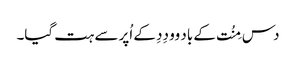
دس مِنُت کے باد وو دِدِ کے اُپر سے ہت گیا۔